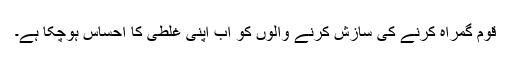
قوم گمراہ کرنے کی سازش کرنے والوں کو اب اپنی غلطی کا احساس ہوچکا ہے۔